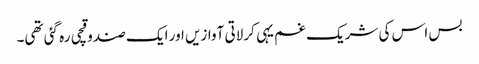
بس اس کی شریک غم یہی کرلاتی آوازیں اور ایک صندوقچی رہ گئی تھی۔